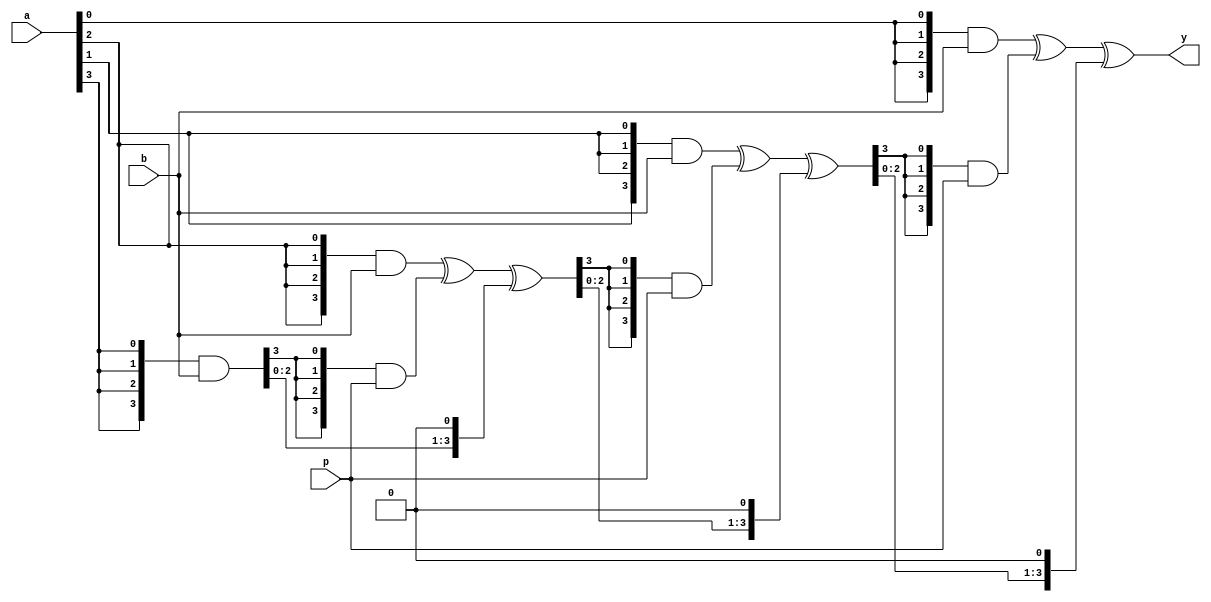
module  GfMul #(parameter  m  =  4)(
input   [0:m-1]  a , // ˷a
input   [0:m-1]  b , // ˷b
input   [0:m-1]  p , // ɶʽ
output  [0:m-1]  y   // ˷
);
wire    [0:m-1]  s  [0:m-1] ;
// мгʼ
assign  s[0]  =  {m{a[0]}} & b;
// ÿbitνе
genvar  i ;
generate
begin
  for  ( i  =  1 ;  i  <=  (m-1) ;  i  =  i + 1 )
    begin  :  rows
      assign  s[i]  = ({(m){a[i]}} & b) ^ ({(m){s[i-1][0]}} & p)^({ s[i-1][1:m-1] , 1'b0 });
    end
end
endgenerate
// m-1еĽۼm-1ΣΪ˷
assign  y  =  s[m-1] ;
endmodule